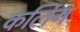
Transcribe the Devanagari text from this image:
कर्लिग